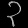
Digit: ၃